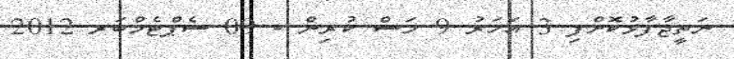
ނަތީޖާފާޅުކޮށްފި 3 އަހަރު 9 މަސް ކުރިން - 09 ސެޕްޓެމްބަރ 2012